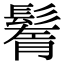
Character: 鬌